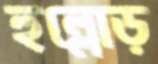
হুল্লোড়